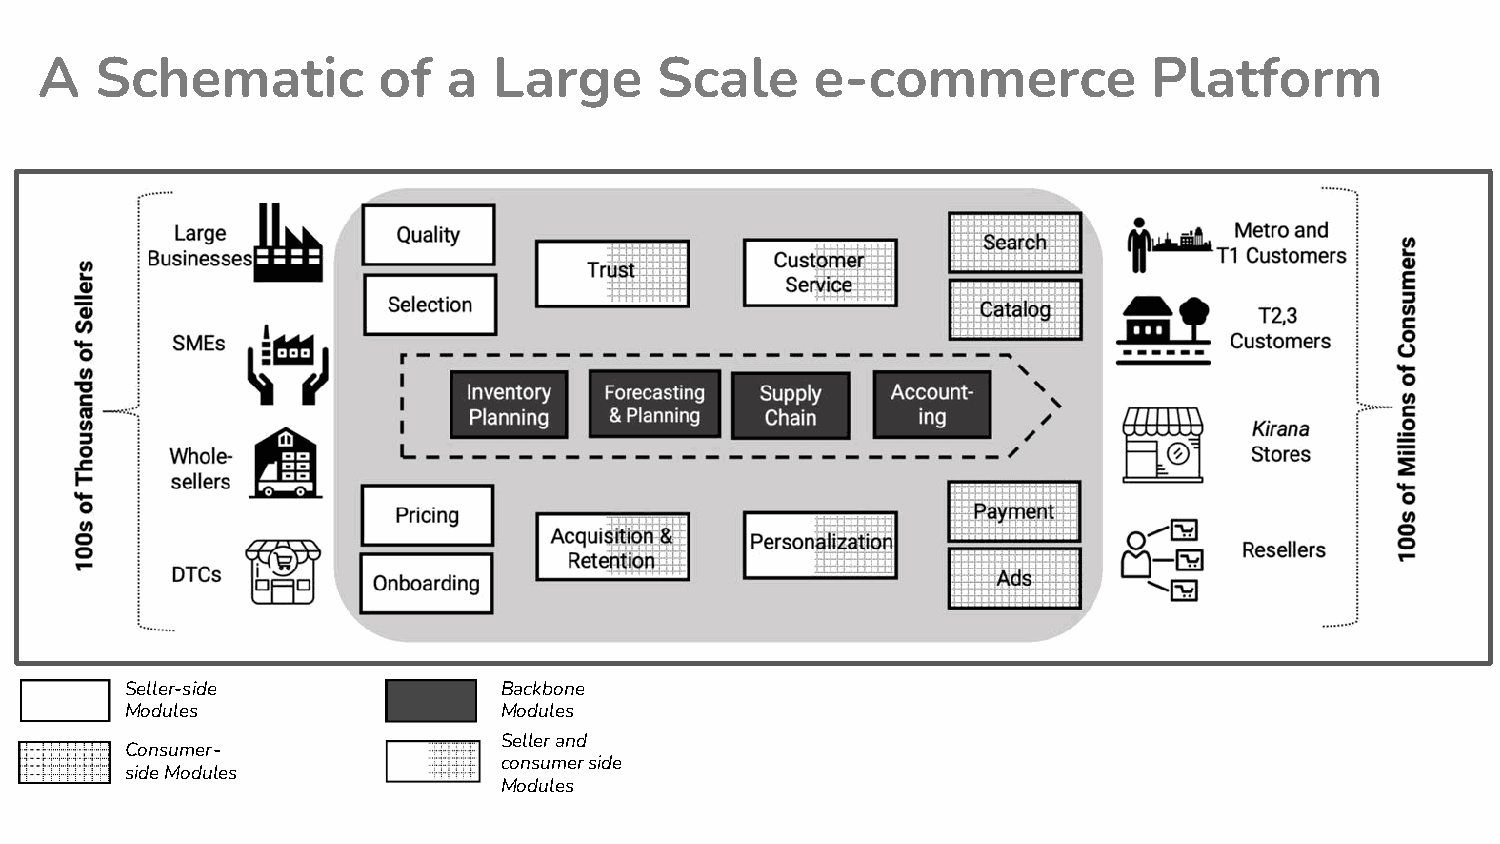
A  Schematic          of   a  Large     Scale      e-commerce            Platform
 Seller-side              Backbone
 Modules                  Modules
 Seller and
 Consumer-
 consumer side
 side Modules
 Modules